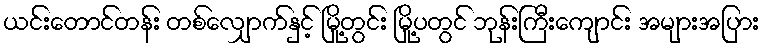
ယင်းတောင်တန်း တစ်လျှောက်နှင့် မြို့တွင်း မြို့ပတွင် ဘုန်းကြီးကျောင်း အများအပြား